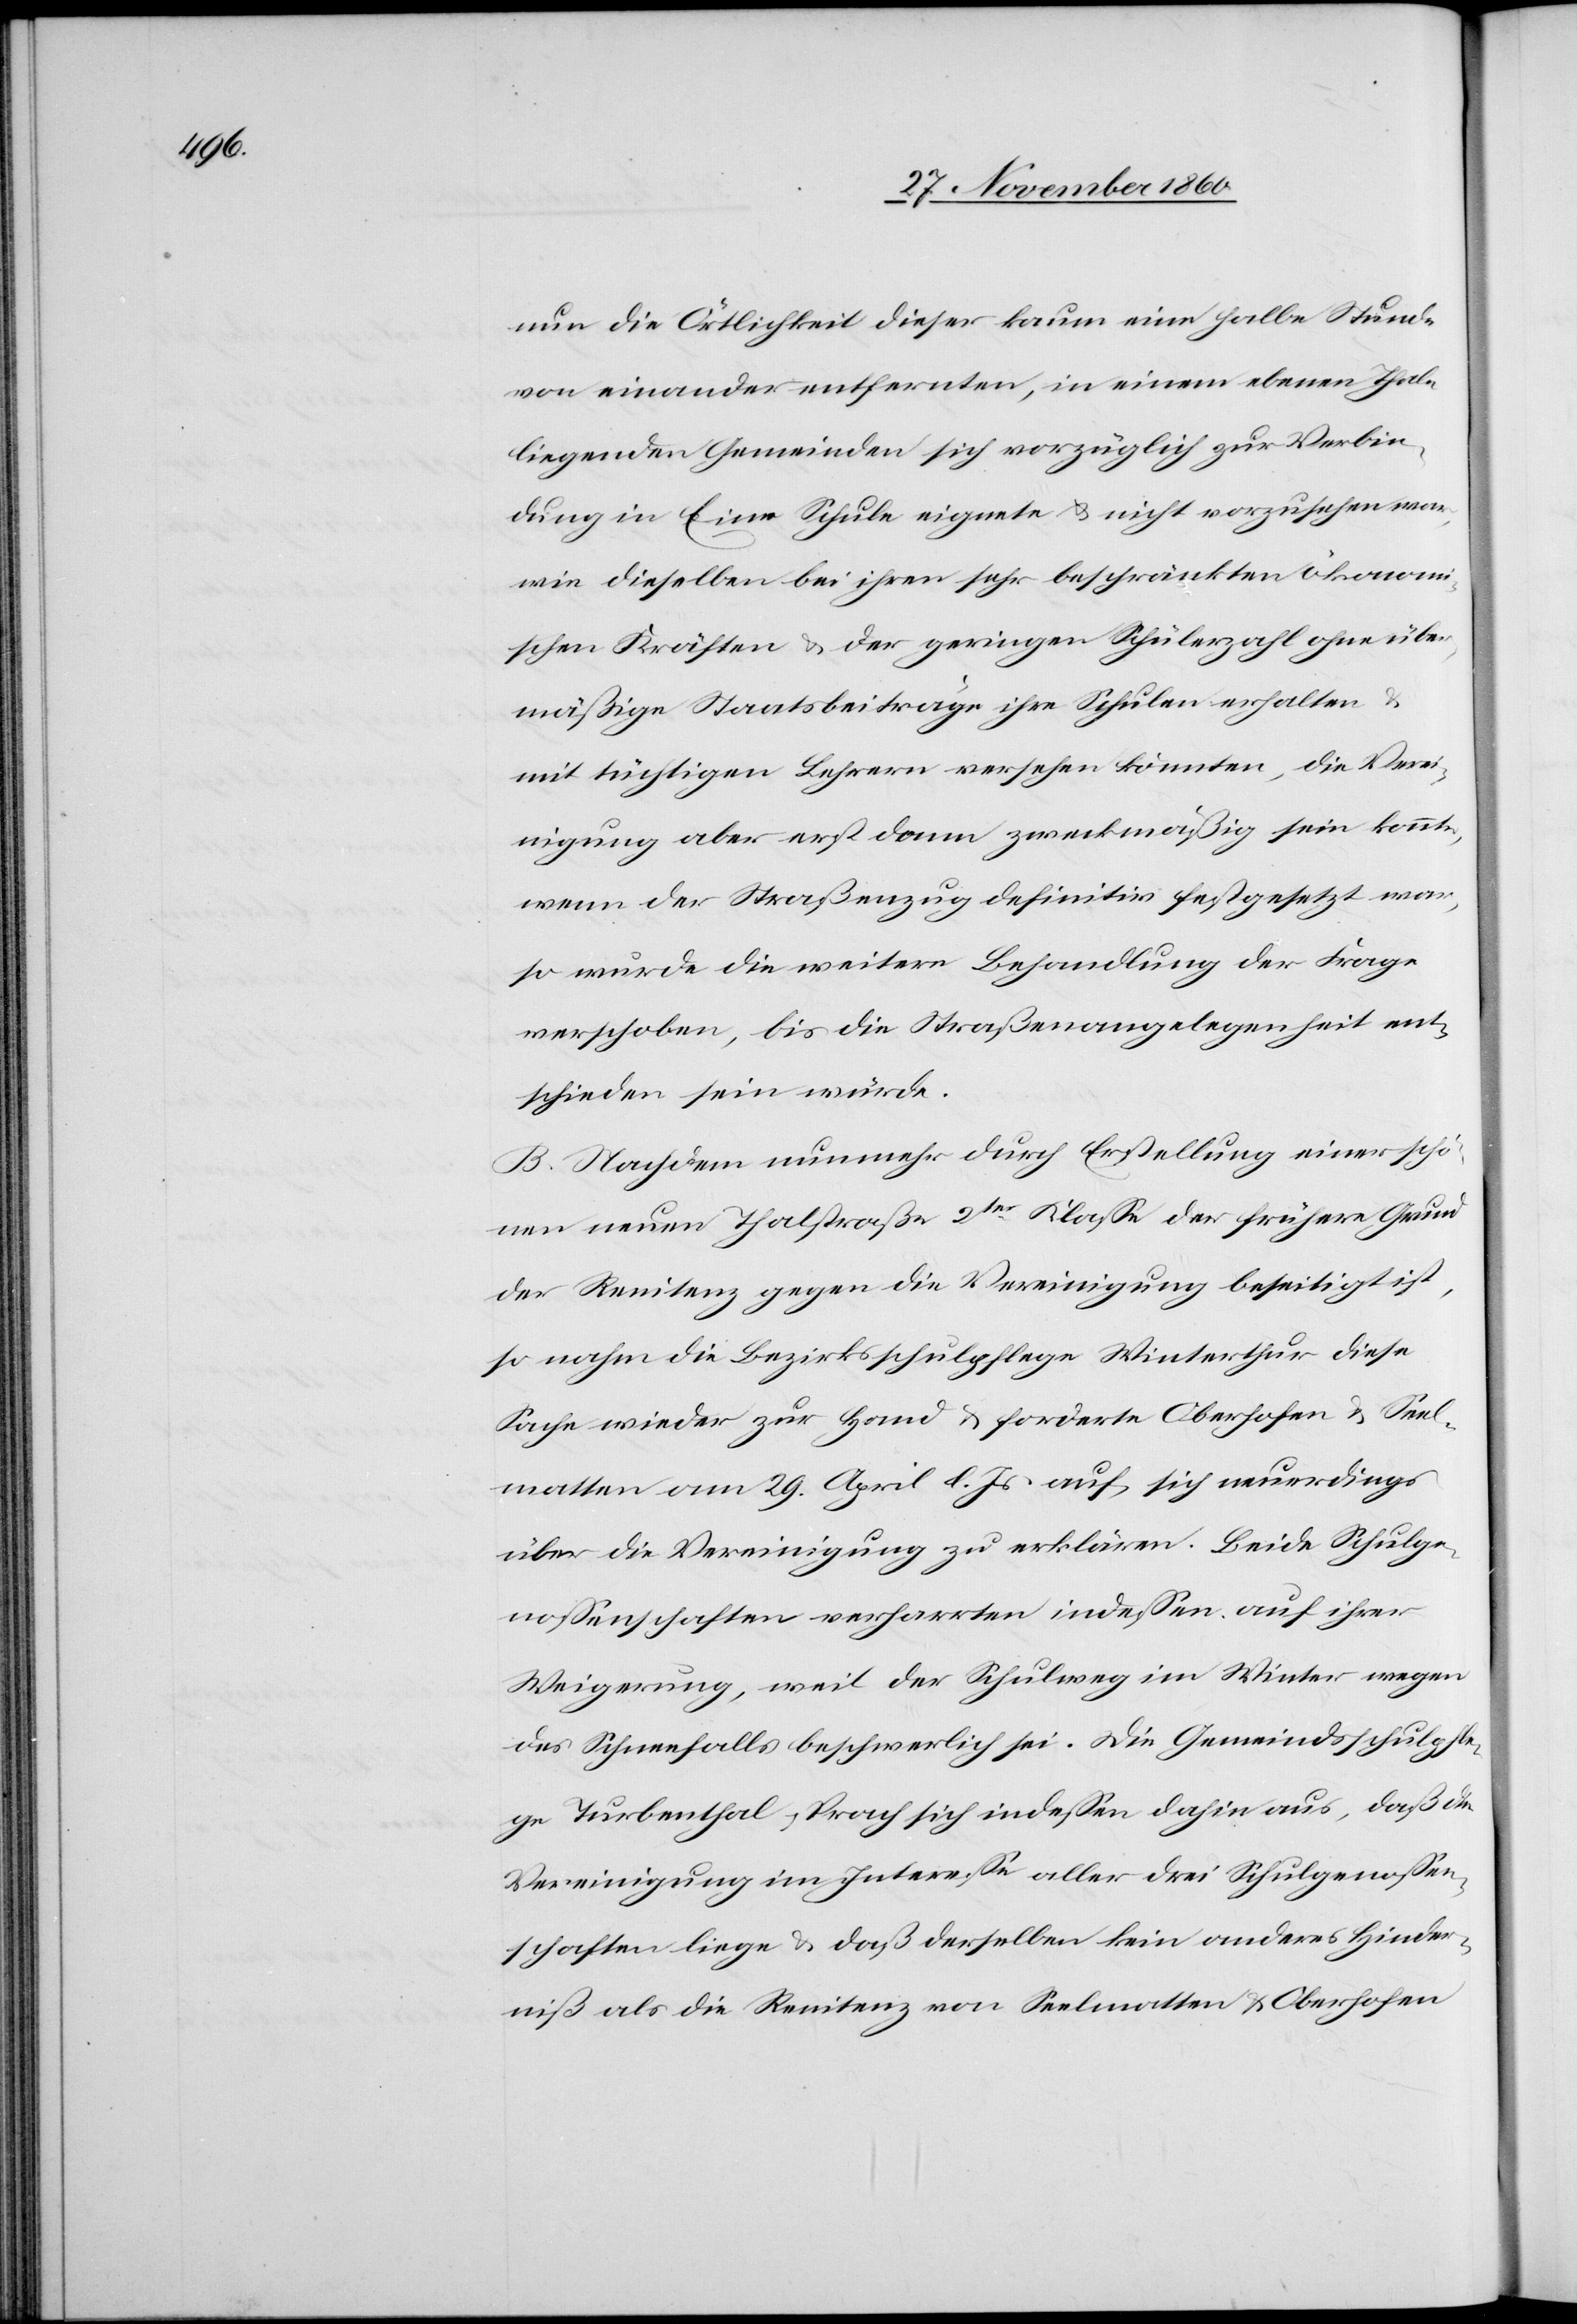
nun die Örtlichkeit dieser kaum eine halbe Stunde
von einander entfernten, in einem ebenen Thale
liegenden Gemeinden sich vorzüglich zur Verbin¬
dung in Eine Schule eignete u. nicht vorzusehen war,
wie dieselben bei ihren sehr beschränkten ökonomi¬
schen Kräften u. der geringen Schülerzahl ohne über¬
mäßige Staatsbeiträge ihre Schulen erhalten u.
mit tüchtigen Lehrern versehen könnten, die Verei¬
nigung aber erst dann zweckmäßig sein könnte,
wenn der Straßenzug definitiv festgesetzt war,
so wurde die weitere Behandlung der Frage
verschoben, bis die Straßenangelegenheit ent¬
schieden sein würde.
B. Nachdem nunmehr durch Erstellung einer schö¬
nen neuen Thalstraße 2ter Klasse der frühere Grund
der Renitenz gegen die Vereinigung beseitigt ist,
so nahm die Bezirksschulpflege Winterthur diese
Sache wieder zur Hand u. forderte Oberhofen u. Seel¬
matten am 29. April d. Js. auf, sich neuerdings
über die Vereinigung zu erklären. Beide Schulge¬
nossenschaften verharrten indessen auf ihrer
Weigerung, weil der Schulweg im Winter wegen
des Schneefalls beschwerlich sei. Die Gemeindsschulpfle¬
ge Turbenthal sprach sich indessen dahin aus, daß die
Vereinigung im Interesse aller drei Schulgenossen¬
schaften liege u. daß derselbe kein anderes Hinder¬
niß als die Renitenz von Seelmatten u. Oberhofen